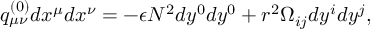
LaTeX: q _ { \mu \nu } ^ { ( 0 ) } d x ^ { \mu } d x ^ { \nu } = - \epsilon N ^ { 2 } d y ^ { 0 } d y ^ { 0 } + r ^ { 2 } \Omega _ { i j } d y ^ { i } d y ^ { j } ,